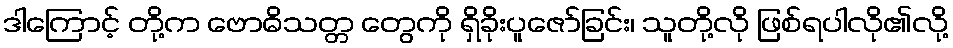
ဒါကြောင့် တို့က ဗောဓိသတ္တ တွေကို ရှိခိုးပူဇော်ခြင်း၊ သူတို့လို ဖြစ်ရပါလို၏လို့